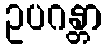
ဥပဂန္တာ